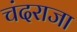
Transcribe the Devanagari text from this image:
चंदराजा